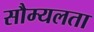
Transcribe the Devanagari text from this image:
सौम्‍यलता